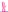
Text: 8